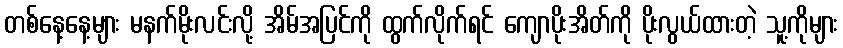
တစ်နေ့နေ့များ မနက်မိုးလင်းလို့ အိမ်အပြင်ကို ထွက်လိုက်ရင် ကျောပိုးအိတ်ကို ပိုးလွယ်ထားတဲ့ သူ့ကိုများ